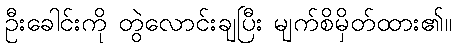
ဦးခေါင်းကို တွဲလောင်းချပြီး မျက်စိမှိတ်ထား၏။